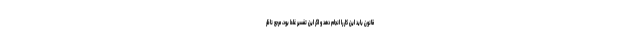
قانون باید این کار را انجام دهد و اگر این تفسیر غلط بود، مرجع ناظر